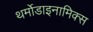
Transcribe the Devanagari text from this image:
थर्मोडाइनामिक्स